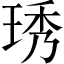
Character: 琇